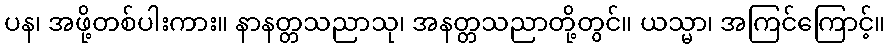
ပန၊ အဖို့တစ်ပါးကား။ နာနတ္တသညာသု၊ အနတ္တသညာတို့တွင်။ ယသ္မာ၊ အကြင်ကြောင့်။